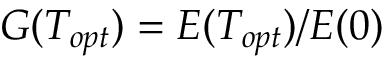
G ( T _ { o p t } ) = E ( T _ { o p t } ) / E ( 0 )